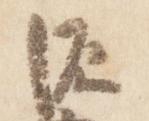
源